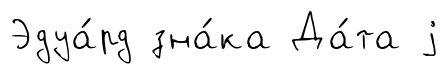
Эдуа́рд зна́ка Да́та j